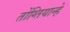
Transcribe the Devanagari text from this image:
तोंग्तियान्हे